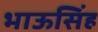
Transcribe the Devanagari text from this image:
भाऊसिंह